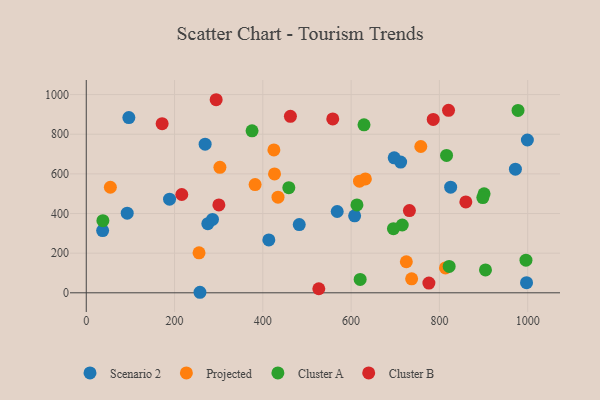
{"axis": {"x": "Price", "y": "Profit"}, "legend": ["Cluster A", "Cluster B", "Projected", "Scenario 2"], "data": [{"x": "92.8", "y": 401.7, "type": "Scenario 2"}, {"x": "712.2", "y": 659.6, "type": "Scenario 2"}, {"x": "608.0", "y": 388.5, "type": "Scenario 2"}, {"x": "413.6", "y": 266.9, "type": "Scenario 2"}, {"x": "997.4", "y": 50.9, "type": "Scenario 2"}, {"x": "697.6", "y": 680.9, "type": "Scenario 2"}, {"x": "972.2", "y": 623.6, "type": "Scenario 2"}, {"x": "37.1", "y": 314.0, "type": "Scenario 2"}, {"x": "188.7", "y": 472.5, "type": "Scenario 2"}, {"x": "825.5", "y": 532.9, "type": "Scenario 2"}, {"x": "269.3", "y": 749.8, "type": "Scenario 2"}, {"x": "96.5", "y": 884.1, "type": "Scenario 2"}, {"x": "257.6", "y": 2.7, "type": "Scenario 2"}, {"x": "568.5", "y": 410.3, "type": "Scenario 2"}, {"x": "275.4", "y": 348.7, "type": "Scenario 2"}, {"x": "999.3", "y": 770.8, "type": "Scenario 2"}, {"x": "286.0", "y": 370.4, "type": "Scenario 2"}, {"x": "482.5", "y": 344.1, "type": "Scenario 2"}, {"x": "725.1", "y": 156.8, "type": "Projected"}, {"x": "54.6", "y": 532.5, "type": "Projected"}, {"x": "632.3", "y": 574.3, "type": "Projected"}, {"x": "382.5", "y": 546.2, "type": "Projected"}, {"x": "619.0", "y": 563.0, "type": "Projected"}, {"x": "737.1", "y": 70.5, "type": "Projected"}, {"x": "425.1", "y": 720.9, "type": "Projected"}, {"x": "813.7", "y": 125.3, "type": "Projected"}, {"x": "255.5", "y": 201.8, "type": "Projected"}, {"x": "302.8", "y": 633.0, "type": "Projected"}, {"x": "757.9", "y": 738.0, "type": "Projected"}, {"x": "434.4", "y": 482.3, "type": "Projected"}, {"x": "426.5", "y": 599.9, "type": "Projected"}, {"x": "715.8", "y": 342.1, "type": "Cluster A"}, {"x": "613.2", "y": 443.4, "type": "Cluster A"}, {"x": "978.1", "y": 919.9, "type": "Cluster A"}, {"x": "458.9", "y": 530.5, "type": "Cluster A"}, {"x": "375.6", "y": 817.4, "type": "Cluster A"}, {"x": "620.5", "y": 67.3, "type": "Cluster A"}, {"x": "695.9", "y": 323.7, "type": "Cluster A"}, {"x": "904.4", "y": 115.4, "type": "Cluster A"}, {"x": "901.2", "y": 499.7, "type": "Cluster A"}, {"x": "996.1", "y": 164.6, "type": "Cluster A"}, {"x": "816.2", "y": 693.0, "type": "Cluster A"}, {"x": "37.7", "y": 363.8, "type": "Cluster A"}, {"x": "629.2", "y": 847.3, "type": "Cluster A"}, {"x": "898.4", "y": 480.7, "type": "Cluster A"}, {"x": "822.1", "y": 133.3, "type": "Cluster A"}, {"x": "776.2", "y": 49.2, "type": "Cluster B"}, {"x": "300.4", "y": 443.5, "type": "Cluster B"}, {"x": "171.9", "y": 853.1, "type": "Cluster B"}, {"x": "820.7", "y": 920.4, "type": "Cluster B"}, {"x": "462.5", "y": 890.2, "type": "Cluster B"}, {"x": "558.4", "y": 877.4, "type": "Cluster B"}, {"x": "859.9", "y": 458.5, "type": "Cluster B"}, {"x": "216.4", "y": 495.9, "type": "Cluster B"}, {"x": "732.1", "y": 414.7, "type": "Cluster B"}, {"x": "786.0", "y": 874.9, "type": "Cluster B"}, {"x": "294.3", "y": 974.1, "type": "Cluster B"}, {"x": "526.8", "y": 20.4, "type": "Cluster B"}]}